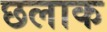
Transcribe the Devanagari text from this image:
छलाक